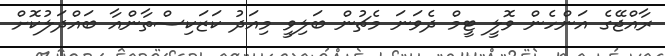
ރާއްޖޭގެ އަންހެން ވޮލީ ޓީމް ދެވަނަ މެޗުން ބަލިވީ މިއަދު ކަޒަކިސްތާންއާ ބައްދަލުކޮށް